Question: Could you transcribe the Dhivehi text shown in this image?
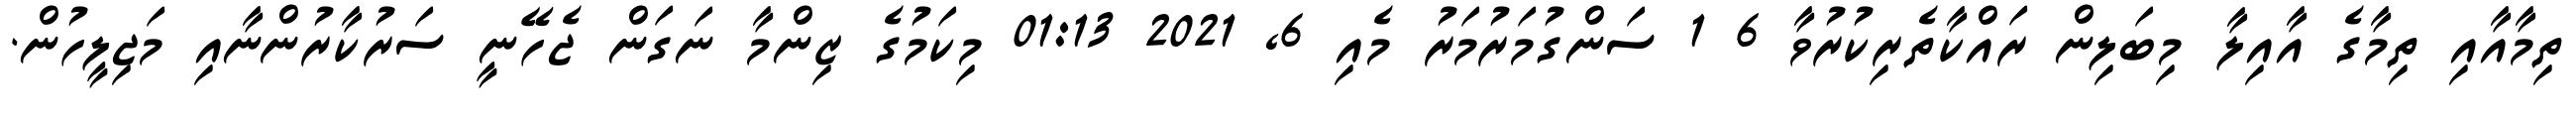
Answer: ތިމާއާއި ތިމާގެ އާއިލާ މިބަލިން ރައްކާތެރިކުރުވާ 6 1 ސަންގުމަރުމަރު މެއި 6, 2021 01:13 މިކަމުގެ ޒިންމާ ނަގަން ޖެހޭނީ ސަރުކާރުންނާއި މަޖިލީހުން.